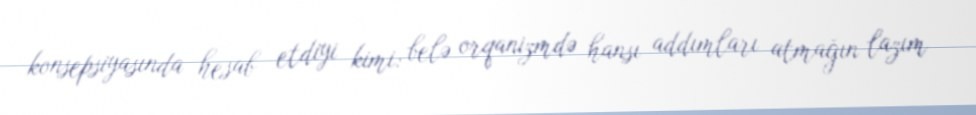
konsepsiyasında hesab etdiyi kimi: belə orqanizmdə hansı addımları atmağın lazım